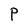
Character: P